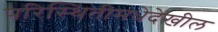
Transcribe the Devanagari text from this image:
परिस्थितीमधेदेखील